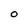
Character: O